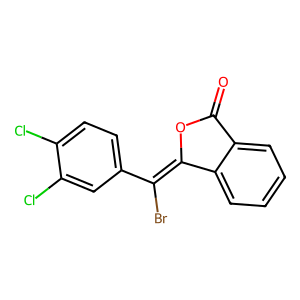
SMILES: O=C1OC(=C(Br)c2ccc(Cl)c(Cl)c2)c2ccccc21
Inhibits HIV replication: No